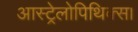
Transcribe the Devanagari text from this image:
आस्ट्रेलोपिथिक्स।